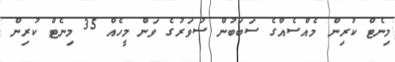
މިނެޓް ކުރިން މެއްސެއްގެ ސަބަބުން ސުވަރުގެ ވަން މީހެއް 35 މިނެޓް ކުރިން